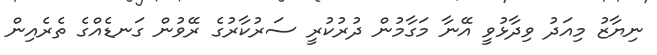
ނިޔާޒު މިއަދު ވިދާޅުވީ އޭނާ މަގާމުން ދުރުކުރީ ސަރުކާރުގެ ރޭވުން ގަނޑެއްގެ ތެރެއިން